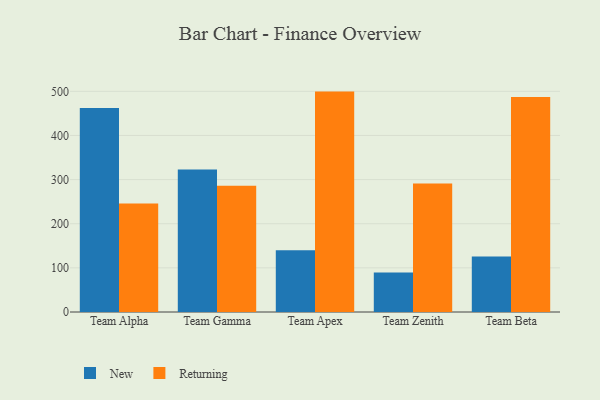
{"axis": {"x": "Team", "y": "Production Output"}, "legend": ["New", "Returning"], "data": [{"x": "Team Alpha", "y": 462.3, "type": "New"}, {"x": "Team Alpha", "y": 246.0, "type": "Returning"}, {"x": "Team Gamma", "y": 322.7, "type": "New"}, {"x": "Team Gamma", "y": 286.2, "type": "Returning"}, {"x": "Team Apex", "y": 140.2, "type": "New"}, {"x": "Team Apex", "y": 499.4, "type": "Returning"}, {"x": "Team Zenith", "y": 89.5, "type": "New"}, {"x": "Team Zenith", "y": 290.9, "type": "Returning"}, {"x": "Team Beta", "y": 125.7, "type": "New"}, {"x": "Team Beta", "y": 487.0, "type": "Returning"}]}